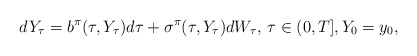
\begin{align*}dY_\tau = b^{\pi}(\tau, Y_\tau) d\tau + \sigma^{\pi}(\tau, Y_\tau) dW_\tau,\, \tau\in (0,T], Y_0 = y_0, \end{align*}